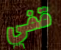
قفي